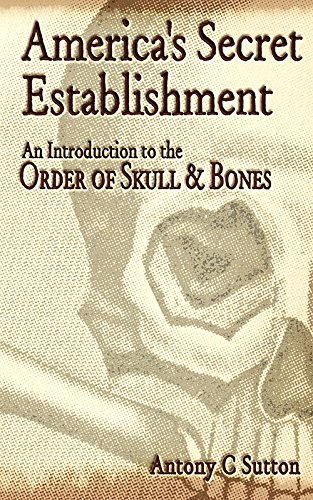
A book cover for America's Secret Establishment: An Introduction to the Order of Skull & Bones; Antony C. Sutton; Religion & Spirituality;